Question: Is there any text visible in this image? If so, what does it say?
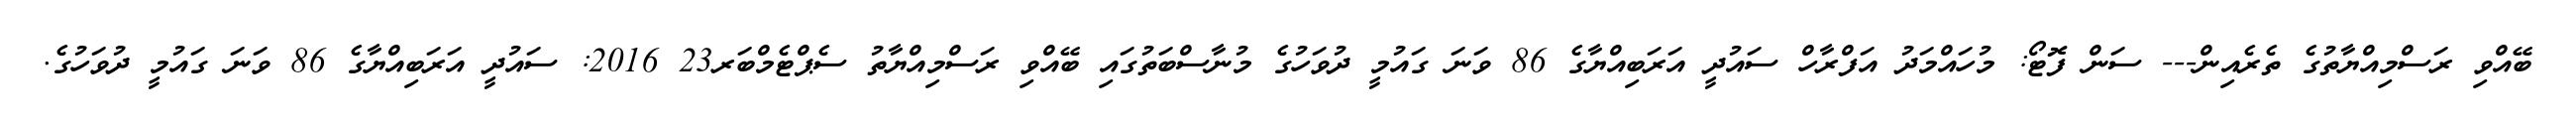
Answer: ބޭއްވި ރަސްމިއްޔާތުގެ ތެރެއިން--- ސަން ފޮޓޯ: މުހައްމަދު އަފްރާހް ސައުދީ އަރަބިއްޔާގެ 86 ވަނަ ގައުމީ ދުވަހުގެ މުނާސްބަތުގައި ބޭއްވި ރަސްމިއްޔާތު ސެޕްޓެމްބަރ23 2016: ސައުދީ އަރަބިއްޔާގެ 86 ވަނަ ގައުމީ ދުވަހުގެ.